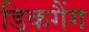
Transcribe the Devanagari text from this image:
डिकगैंग